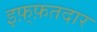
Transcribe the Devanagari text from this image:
इफ़्फ़तदार